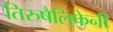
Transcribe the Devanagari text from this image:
तिरुषैलिफेनी